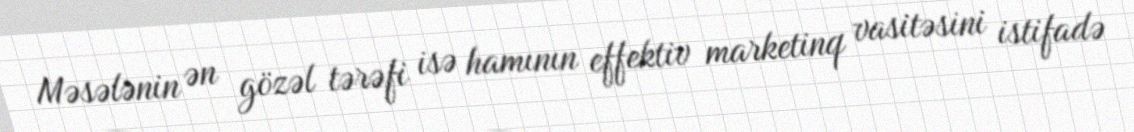
Məsələnin ən gözəl tərəfi isə hamının effektiv marketinq vasitəsini istifadə